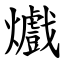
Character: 㸍